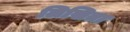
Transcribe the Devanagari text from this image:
लिखिता